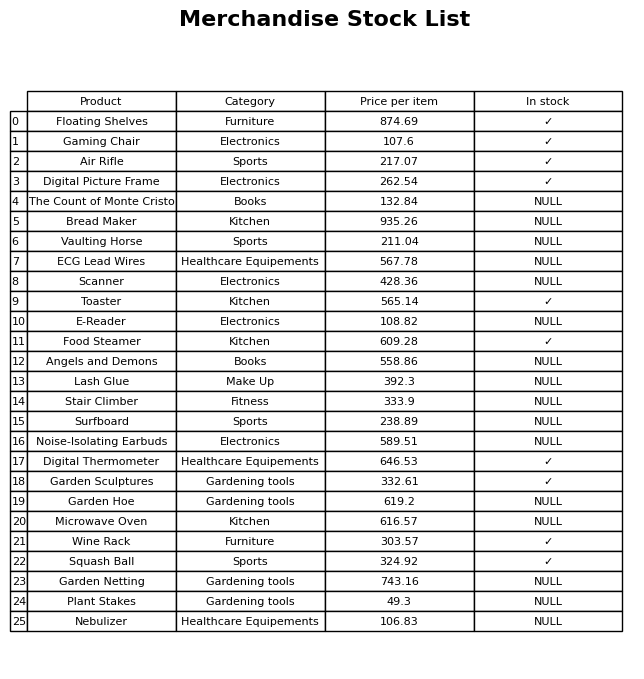
question: Which products are available in stock?
answer: Floating Shelves, Gaming Chair, Air Rifle, Digital Picture Frame, Toaster, Food Steamer, Digital Thermometer, Garden Sculptures, Wine Rack, Squash Ball